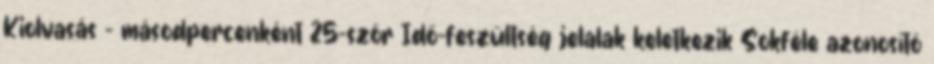
Kiolvasás – másodpercenként 25-ször Idő-feszültség jelalak keletkezik Sokféle azonosító